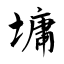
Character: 墉